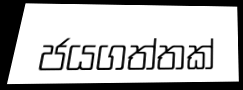
ජයගත්තක්